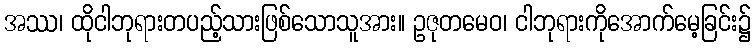
အဿ၊ ထိုငါဘုရားတပည့်သားဖြစ်သောသူအား။ ဥဇုတမေဝ၊ ငါဘုရားကိုအောက်မေ့ခြင်း၌